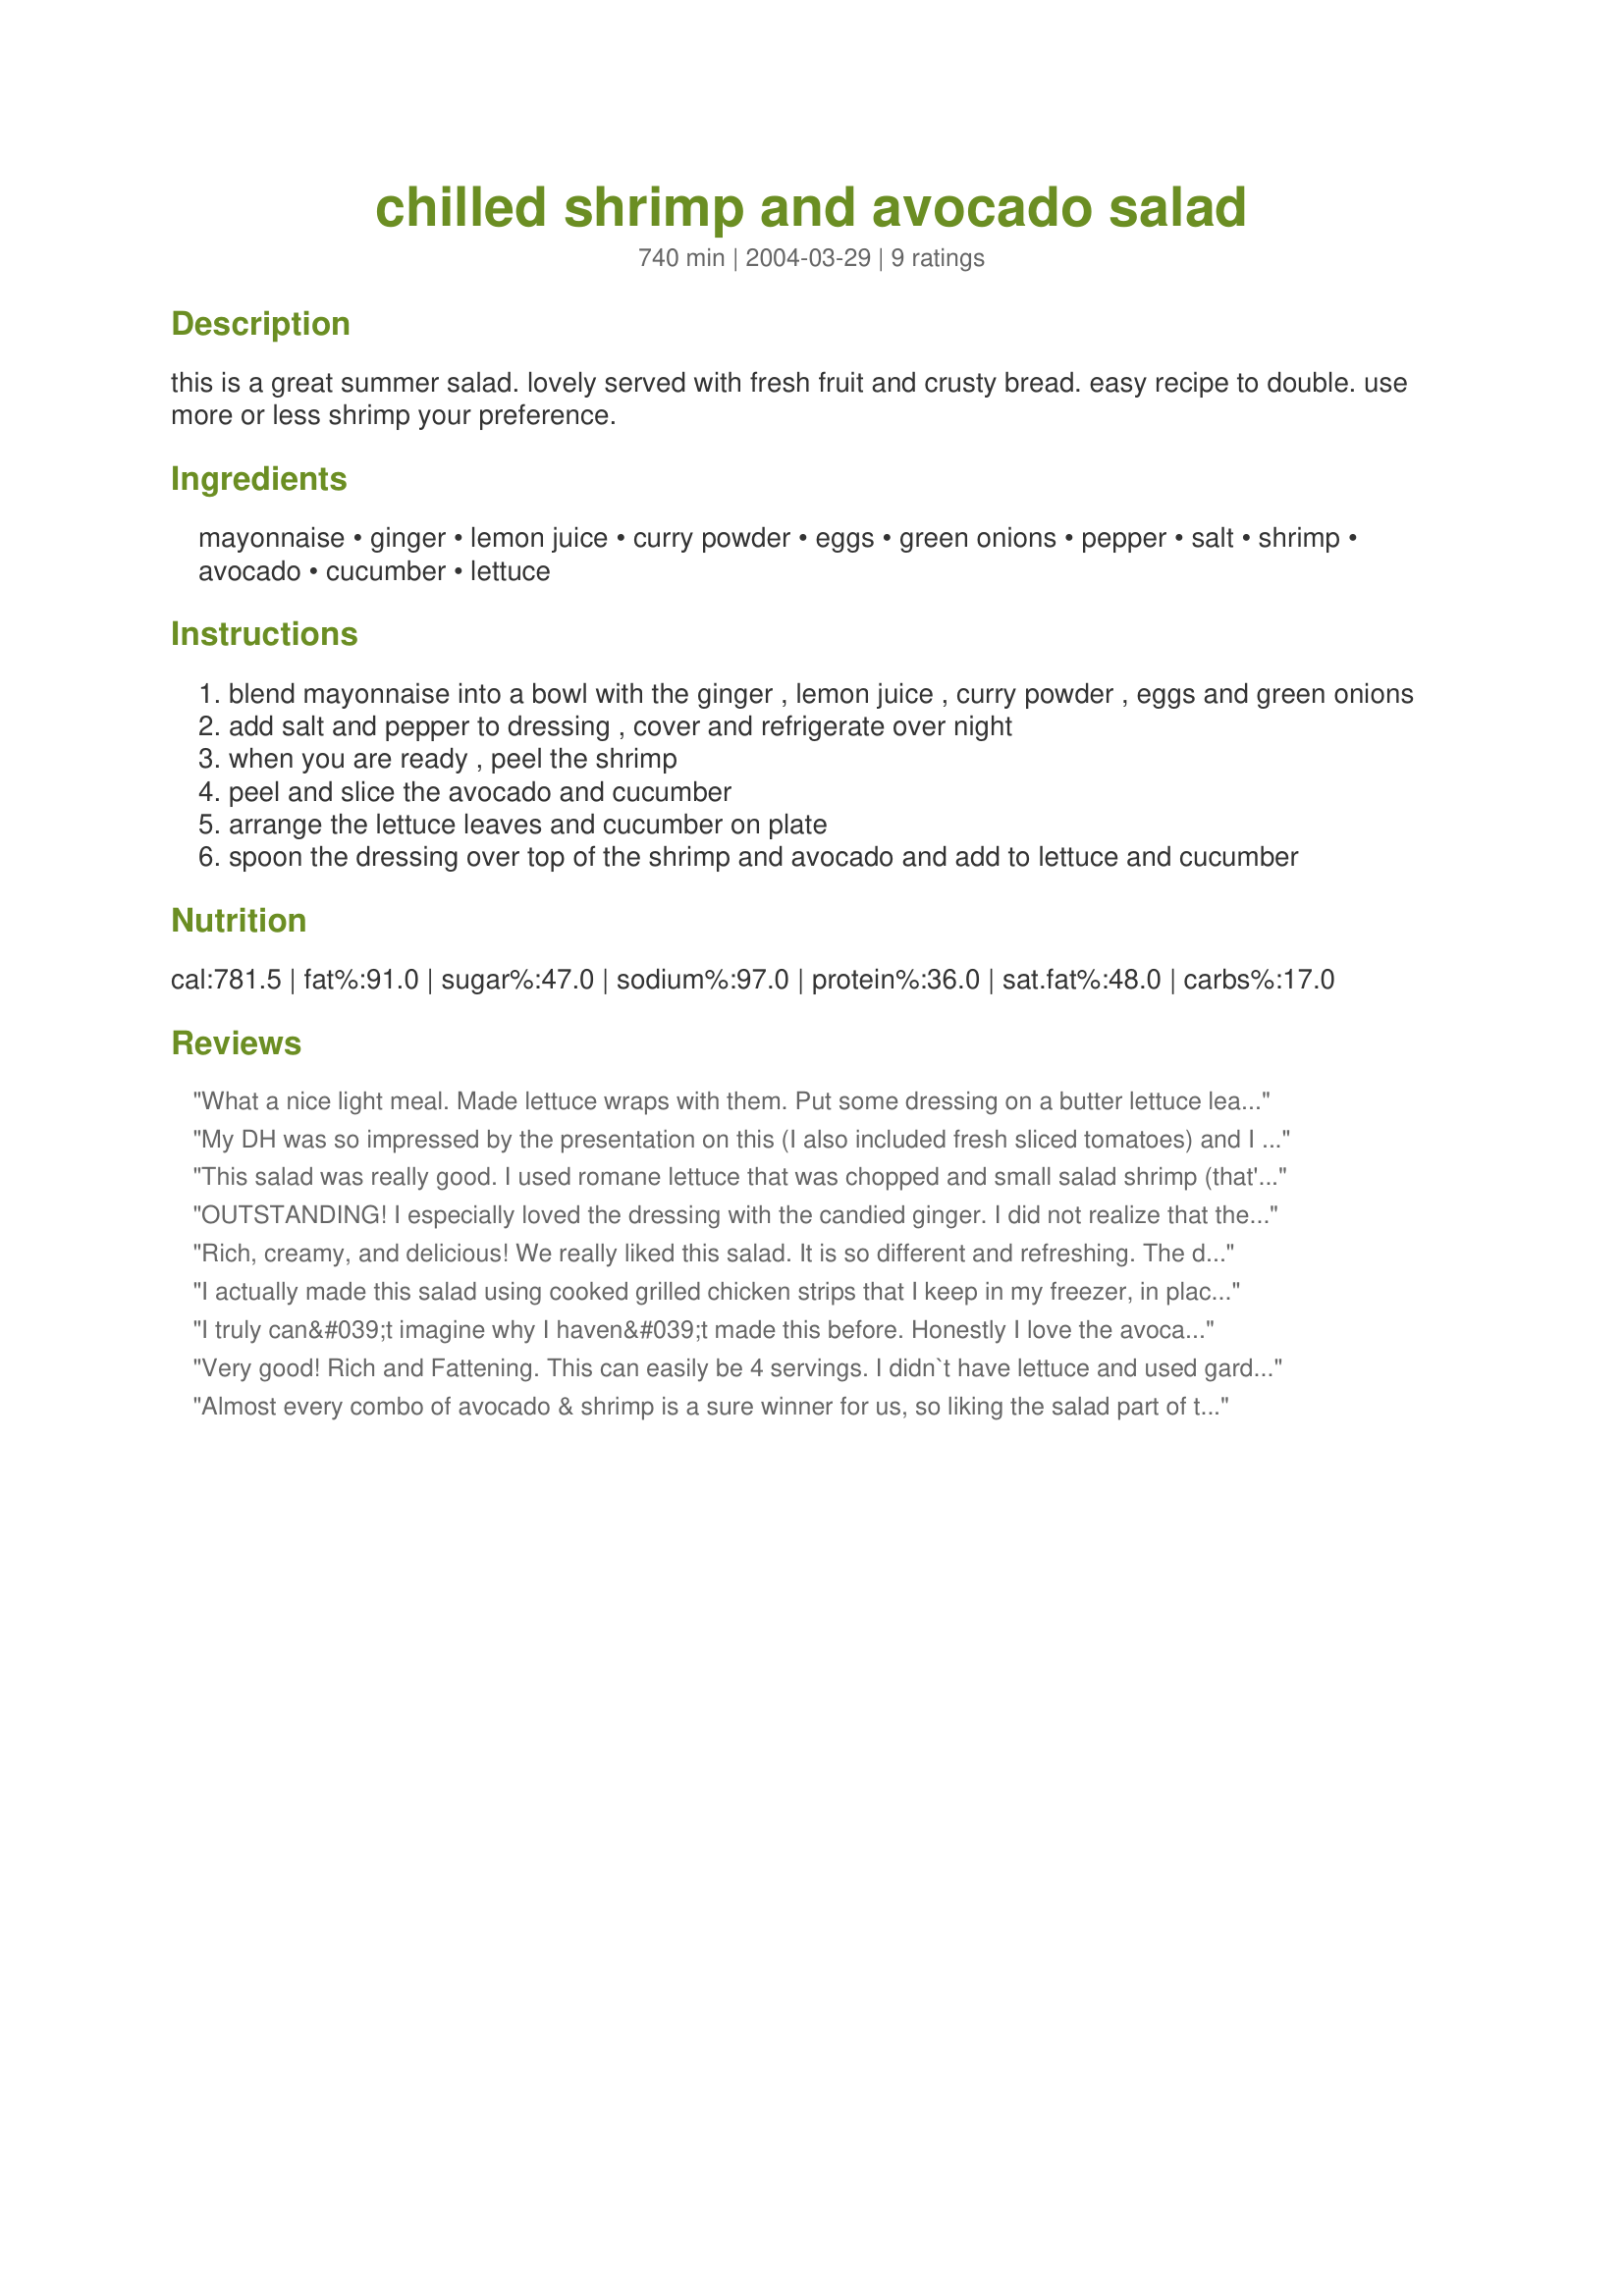
chilled shrimp and avocado salad
Preparation time: 740 minutes

this is a great summer salad. lovely served with fresh fruit and crusty bread. easy recipe to double. use more or less shrimp your preference.

Ingredients:
mayonnaise, ginger, lemon juice, curry powder, eggs, green onions, pepper, salt, shrimp, avocado, cucumber, lettuce

Steps:
blend mayonnaise into a bowl with the ginger , lemon juice , curry powder , eggs and green onions
add salt and pepper to dressing , cover and refrigerate over night
when you are ready , peel the shrimp
peel and slice the avocado and cucumber
arrange the lettuce leaves and cucumber on plate
spoon the dressing over top of the shrimp and avocado and add to lettuce and cucumber

Reviews:
What a nice light meal. Made lettuce wraps with them. Put some dressing on a butter lettuce leaf, one shrimp, a slice of avocado and cuke. Rolled up and enjoyed. Perfect for a hot summer night!
My DH was so impressed by the presentation on this (I also included fresh sliced tomatoes) and I loved the dressing though I added cumin and oregano for a Mexican flavor in place of the ginger and curry. It made a great light dinner and would be very refreshing in the summer!
This salad was really good. I used romane lettuce that was chopped and small salad shrimp (that's what I had on hand). I also chopped up the avocado and the cucumber and added some chopped roma tomatoes. The dressing is what makes this salad stand out above the rest. I loved the asian flavor and will be making this again. Thanks so much for sharing. Prepared for PAC Fall/2008.
OUTSTANDING! I especially loved the dressing with the candied ginger. I did not realize that the dressing should be made in advanced so I did not give it time to let the flavors marry, but it was still wonderful. Going into my favorites cookbook.
Rich, creamy, and delicious! We really liked this salad. It is so different and refreshing. The dressing is wonderful. My husband is an avacado fan, and I'm not so much, but we both enjoyed it! I will make this again. ZWT 7 - Shady Ladies
I actually made this salad using cooked grilled chicken strips that I keep in my freezer, in place of shrimp, the dressing from this is absolutely wonderful, which made this recipe a definate 5 star plus, thanks Baby K!...Kitten:)
I truly can&#039;t imagine why I haven&#039;t made this before. Honestly I love the avocado and shrimp combo. Be that as it may I made this wonder for dinner last night and loved every last bite to the max. It so fresh tasting and healthy feeling after the heave fare of winter. Simply delicious!
Very good! Rich and Fattening. This can easily be 4 servings. I didn`t have lettuce and used garden fresh tomatoes. I used the avocado skin as a bowl. We used half the dressing and a whole burpless cucumber. Loved the ginger and curry in this! Yum! Thanks! ;)
Almost every combo of avocado & shrimp is a sure winner for us, so liking the salad part of this recipe was a given. I used baby Icelandic shrimp instead of jumbo shrimp, added tomato as another reviewer & agree w/her this could easily serve 4. What I was mainly after was trying the unique dressing that was a new flavor combo for me. I used leek instead of green onion & lime juice (pers pref). It was yummy & will be repeated. Thx for sharing this w/us.
